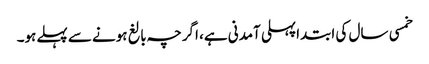
خمسی سال کی ابتداپہلی آمدنی ہے، اگرچہ بالغ ہونے سے پہلےہو۔